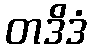
တဒိဒံ